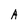
Character: A